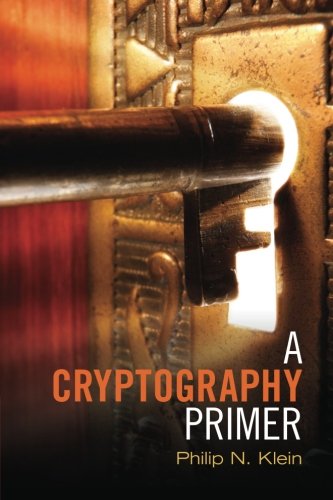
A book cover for A Cryptography Primer: Secrets and Promises; Philip N. Klein; Computers & Technology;